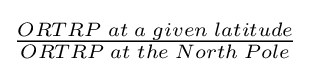
{\begin{matrix}{\frac {ORTRP\;at\;a\;given\;latitude}{ORTRP\;at\;the\;North\;Pole}}\end{matrix}}